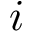
i